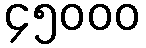
၄၅၀၀၀